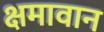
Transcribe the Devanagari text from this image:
क्षमावान